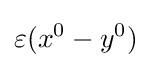
\varepsilon (x^{0}-y^{0})